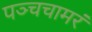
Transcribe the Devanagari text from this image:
पञ्चचामरं